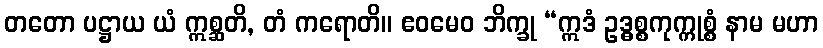
တတော ပဋ္ဌာယ ယံ ဣစ္ဆတိ, တံ ကရောတိ။ ဧဝမေဝ ဘိက္ခု “ဣဒံ ဥဒ္ဓစ္စကုက္ကုစ္စံ နာမ မဟာ